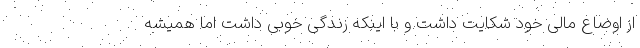
از اوضاع مالی خود شکایت داشت و با اینکه زندگی خوبی داشت اما همیشه